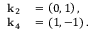
\begin{array} { r l } { \mathbf { k } _ { 2 } } & { { } = \left( 0 , 1 \right) , } \\ { \mathbf { k } _ { 4 } } & { { } = \left( 1 , - 1 \right) . } \end{array}